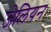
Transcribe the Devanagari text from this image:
जेलियन